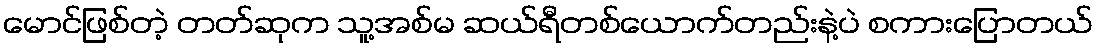
မောင်ဖြစ်တဲ့ တတ်ဆုက သူ့အစ်မ ဆယ်ရီတစ်ယောက်တည်းနဲ့ပဲ စကားပြောတယ်